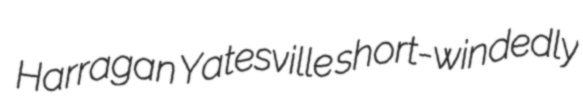
Harragan Yatesville short-windedly